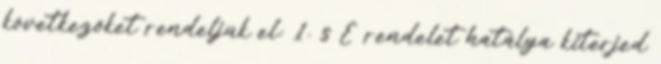
következőket rendeljük el: 1. § E rendelet hatálya kiterjed